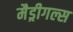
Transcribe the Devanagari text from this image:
मैड्रीगल्स